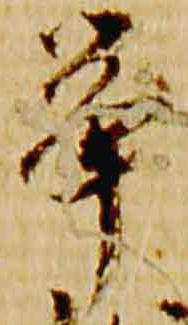
挙